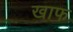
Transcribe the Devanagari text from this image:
खाफ